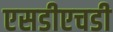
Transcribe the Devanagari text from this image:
एसडीएचडी